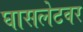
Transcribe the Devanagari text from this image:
घासलेटवर